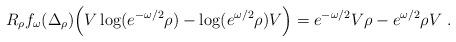
LaTeX: \begin{align*}R_\rho f_\omega(\Delta_\rho)\Big(V \log(e^{-\omega/2}\rho) - \log(e^{\omega/2}\rho)V\Big) = e^{-\omega/2}V\rho - e^{\omega/2}\rho V\ .\end{align*}